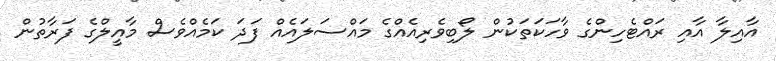
އާއިލާ އާއި ރައްޓެހިންގެ ވާހަކަތަކުން ލޯބިވެރިއެއްގެ މައްސަލައެއް ފަދަ ކަމެއްވެސް މާއީލްގެ ފަރާތުން